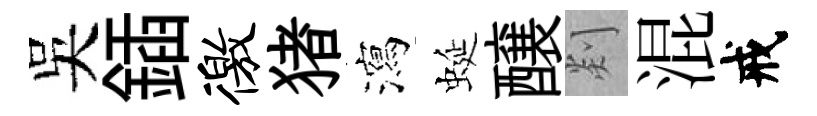
吴鍤徼猪瀉蜒醸剡混戒